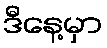
ဒီနေ့မှာ